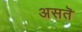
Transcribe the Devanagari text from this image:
असतॆ